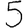
Digit: 5